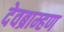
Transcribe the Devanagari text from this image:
देवब्राम्हण